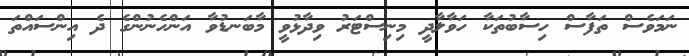
ނަމަވެސް ތަފާސް ހިސާބުތަކާ ހަވާލާދީ މިނިސްޓަރު ވިދާޅުވީ މާބަނޑުވާ އަންހެނުންގެ ދެ އިންސައްތަ